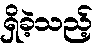
ရှိခဲ့သည့်